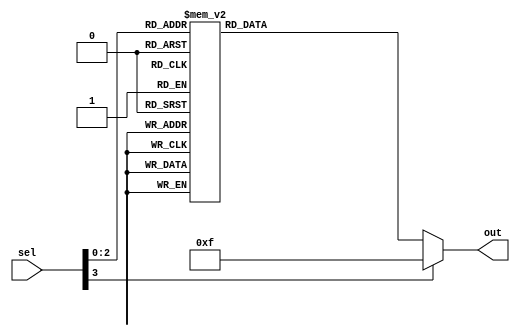
module case_statement_example (
    input wire [3:0] sel,
    output reg [3:0] out
);

initial begin
    case (sel)
        4'b0000: out = 4'b0000;
        4'b0001: out = 4'b0001;
        4'b0010: out = 4'b0010;
        4'b0011: out = 4'b0011;
        4'b0100: out = 4'b0100;
        4'b0101: out = 4'b0101;
        4'b0110: out = 4'b0110;
        4'b0111: out = 4'b0111;
        default: out = 4'b1111;
    endcase
end

endmodule